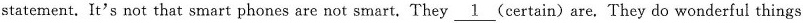
statement. It's not that smart phones are not smart. They \underline{1} (certain) are. They do wonderful things